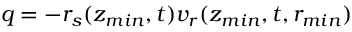
q = - r _ { s } ( z _ { m i n } , t ) v _ { r } ( z _ { m i n } , t , r _ { m i n } )